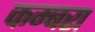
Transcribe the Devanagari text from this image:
कम्बरा